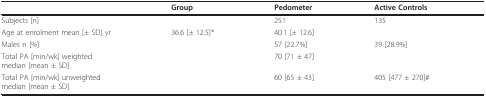
<table><thead><tr><td>[EMPTY_CELL]</td><td><b>Group</b></td><td><b>Pedometer</b></td><td><b>Active Controls</b></td></tr></thead><tbody><tr><td>Subjects [n]</td><td>[EMPTY_CELL]</td><td>251</td><td>135</td></tr><tr><td>Age at enrolment mean [± SD] yr</td><td>36.6 [± 12.5]*</td><td>40.1 [± 12.6]</td><td>[EMPTY_CELL]</td></tr><tr><td>Males n [%]</td><td>[EMPTY_CELL]</td><td>57 [22.7%]</td><td>39 [28.9%]</td></tr><tr><td>Total PA [min/wk] weightedmedian [mean ± SD]</td><td>[EMPTY_CELL]</td><td>70 [71 ± 47]</td><td>[EMPTY_CELL]</td></tr><tr><td>Total PA [min/wk] unweightedmedian [mean ± SD]</td><td>[EMPTY_CELL]</td><td>60 [65 ± 43]</td><td>405 [477 ± 270]#</td></tr></tbody></table>